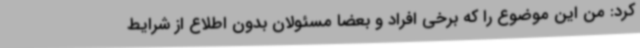
کرد: من این موضوع را که برخی افراد و بعضا مسئولان بدون اطلاع از شرایط